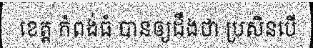
ខេត្ត កំពង់ធំ បានឲ្យដឹងថា ប្រសិនបើ